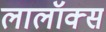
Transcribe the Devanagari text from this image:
लालॉक्स